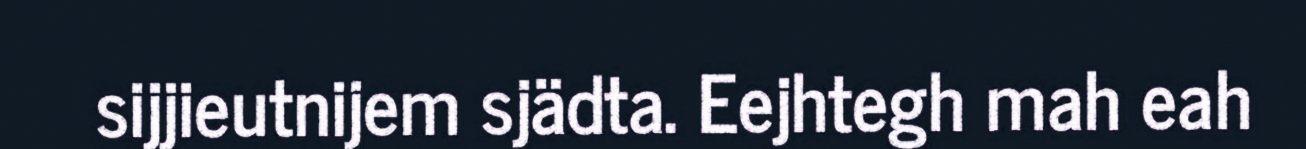
sijjieutnijem sjädta. Eejhtegh mah eah